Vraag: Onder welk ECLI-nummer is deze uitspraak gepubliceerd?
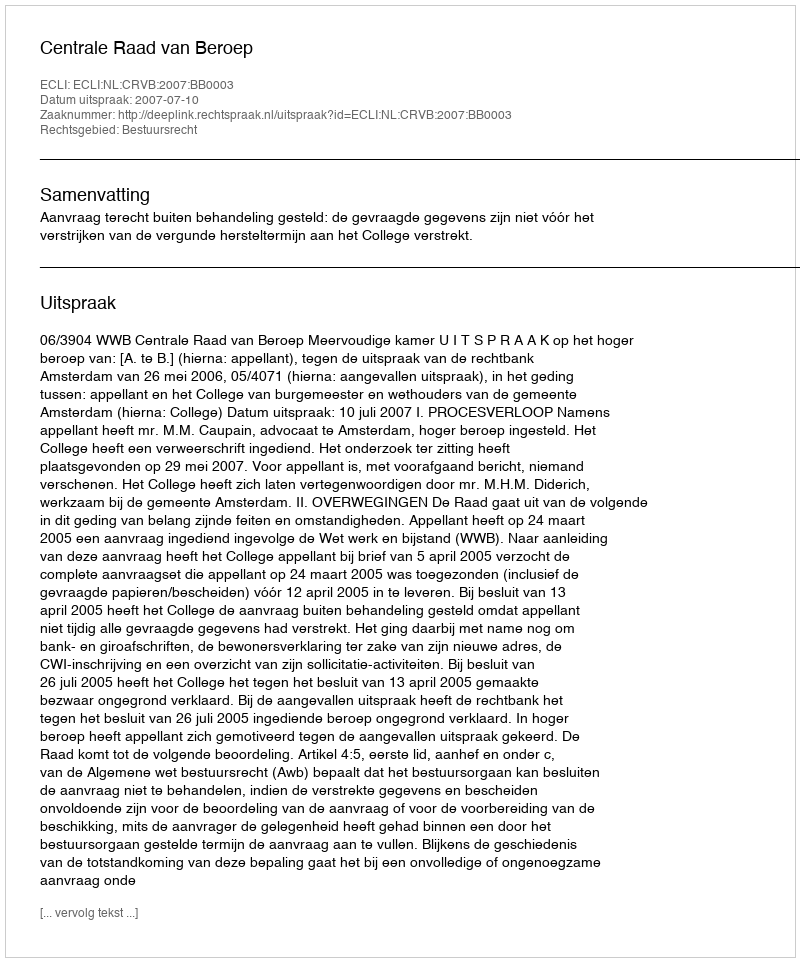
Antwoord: ECLI:NL:CRVB:2007:BB0003